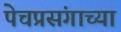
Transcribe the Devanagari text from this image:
पेचप्रसंगाच्या